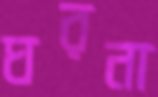
ঘরনা